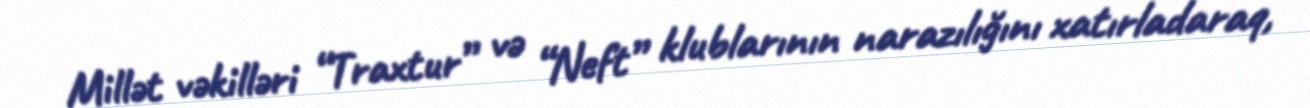
Millət vəkilləri “Traxtur” və “Neft” klublarının narazılığını xatırladaraq,